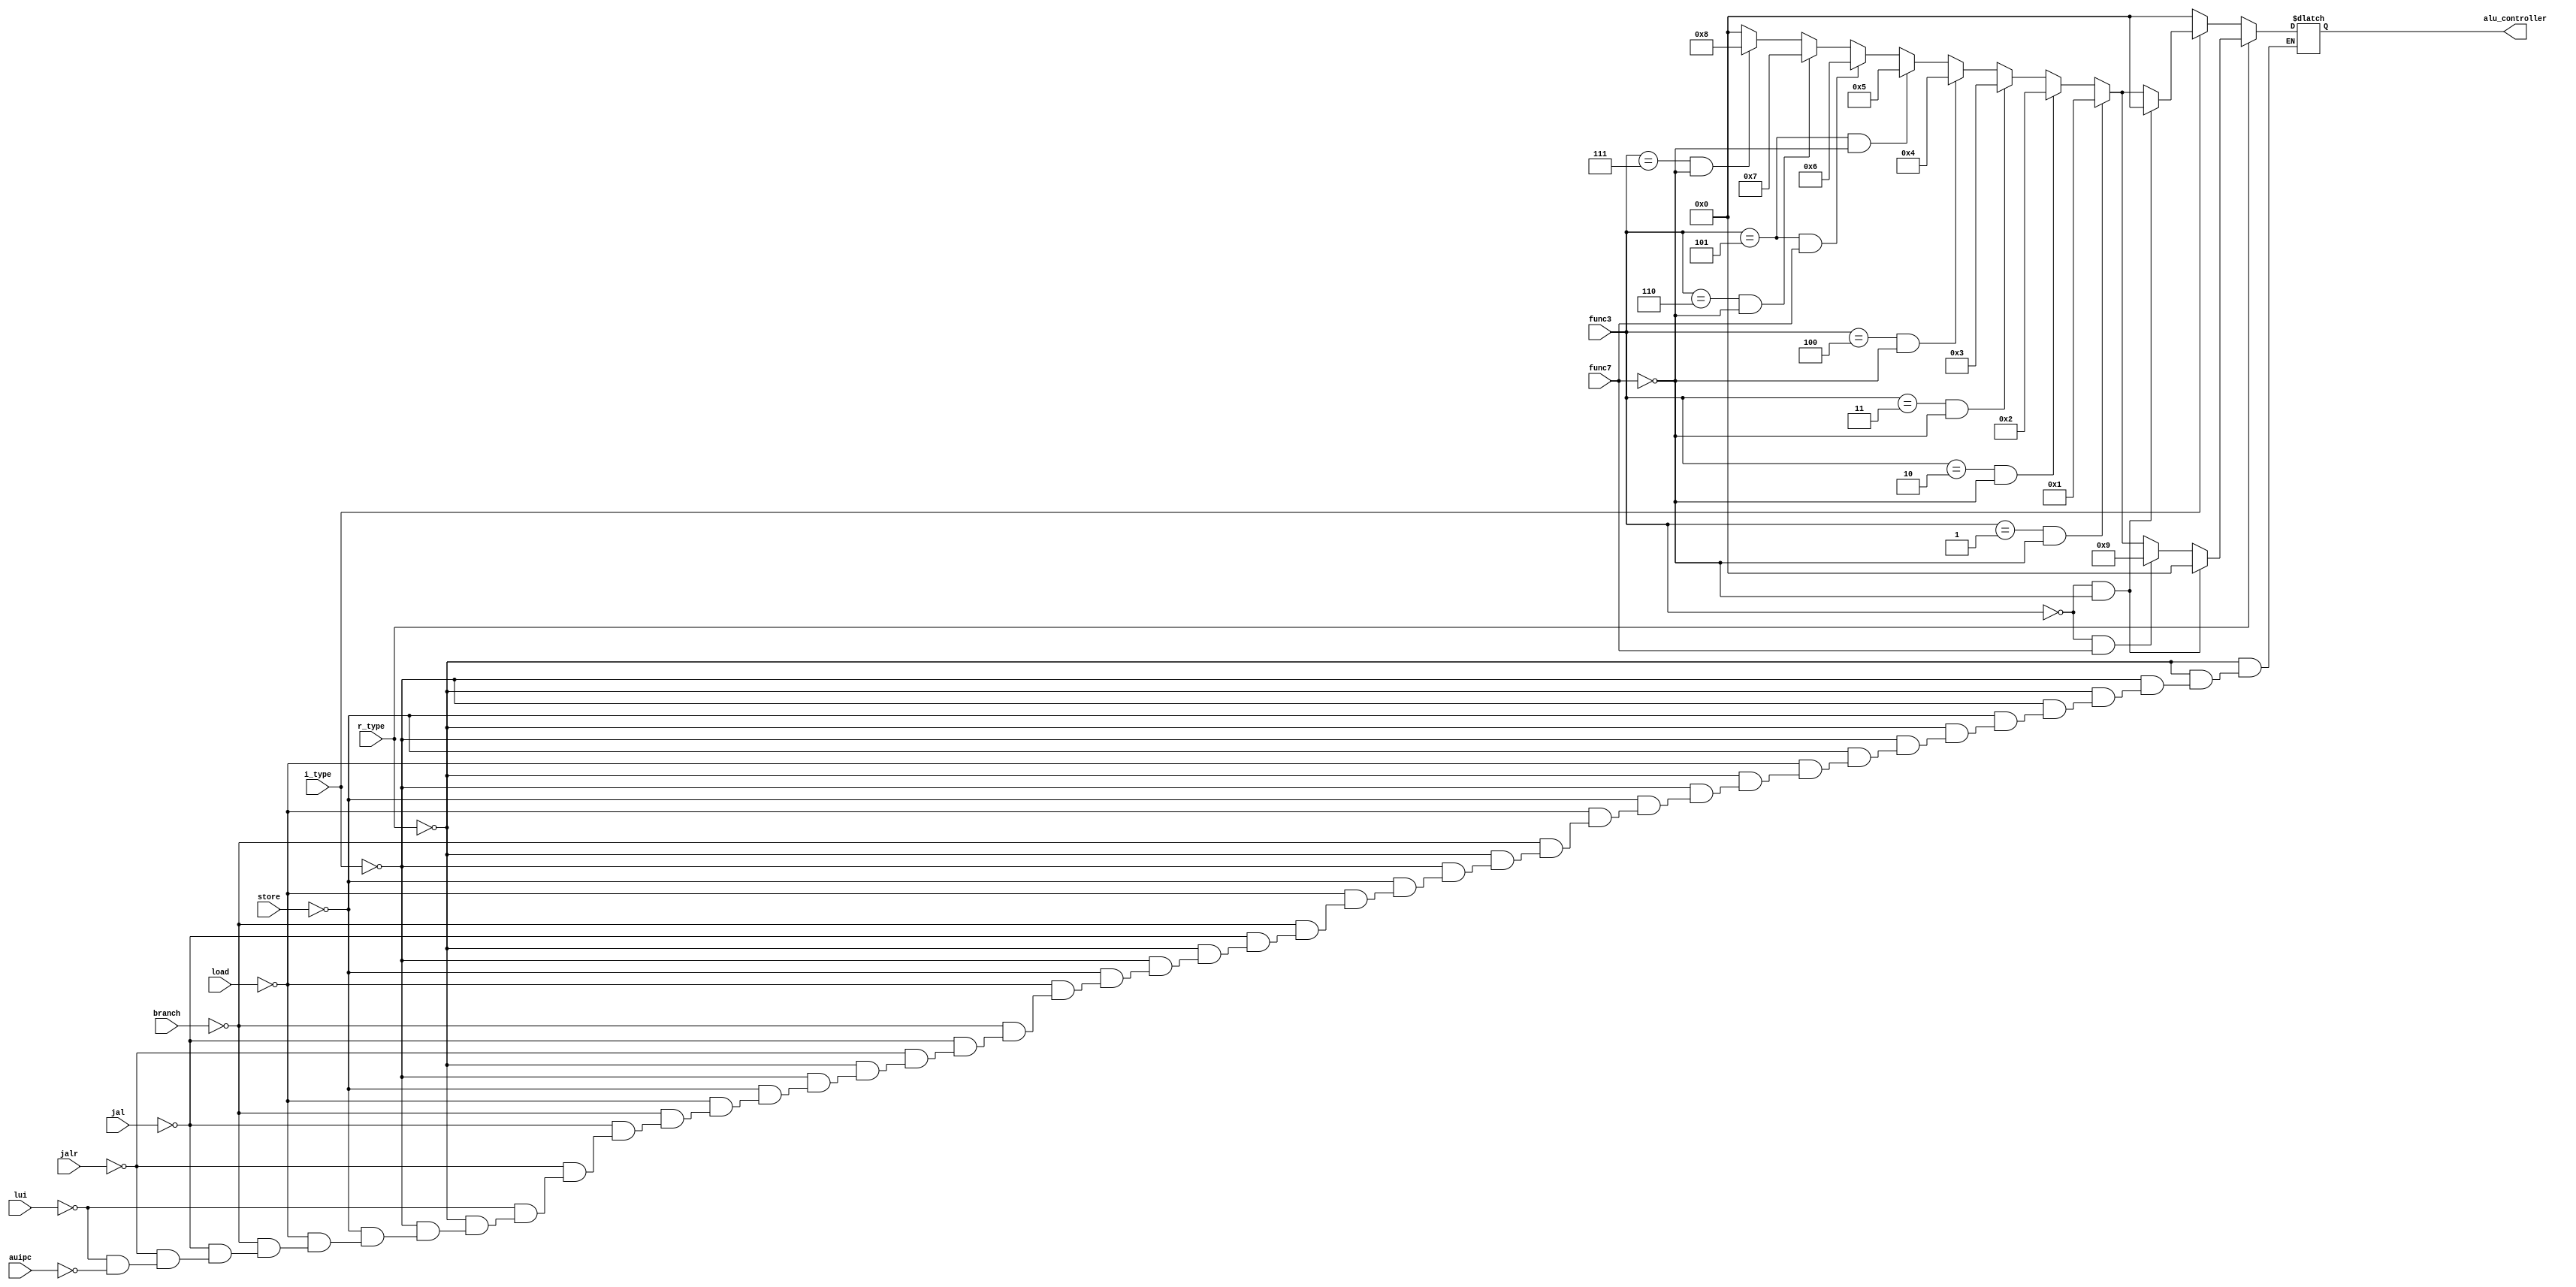
module alu_control (
   
    input wire r_type,
    input wire i_type,
    input wire store,
    input wire load,
    input wire branch,
    input wire jal,
     input wire jalr,
    input wire lui,
    input wire auipc,
    input wire [2:0] func3,
    input wire func7,
    output reg [3:0] alu_controller
);

always @(*) begin
    if (r_type) begin
        alu_controller = (func3[2:0] == 3'b000 & func7 == 0) ? 4'b0000 :
                         (func3[2:0] == 3'b000 & func7 == 1) ? 4'b1001 :
                         (func3[2:0] == 3'b001 & func7 == 0) ? 4'b0001 :
                         (func3[2:0] == 3'b010 & func7 == 0) ? 4'b0010 :
                         (func3[2:0] == 3'b011 & func7 == 0) ? 4'b0011 :
                         (func3[2:0] == 3'b100 & func7 == 0) ? 4'b0100 :
                         (func3[2:0] == 3'b101 & func7 == 0) ? 4'b0101 :
                         (func3[2:0] == 3'b101 & func7 == 1) ? 4'b0110 :
                         (func3[2:0] == 3'b110 & func7 == 0) ? 4'b0111 :
                         (func3[2:0] == 3'b111 & func7 == 0) ? 4'b1000 : 4'b0000;
    end
    else if (i_type) begin
        alu_controller = (func3[2:0] == 3'b000 & func7 == 0) ? 4'b0000 :
                         (func3[2:0] == 3'b001 & func7 == 0) ? 4'b0001 :
                         (func3[2:0] == 3'b010 & func7 == 0) ? 4'b0010 :
                         (func3[2:0] == 3'b011 & func7 == 0) ? 4'b0011 :
                         (func3[2:0] == 3'b100 & func7 == 0) ? 4'b0100 :
                         (func3[2:0] == 3'b101 & func7 == 0) ? 4'b0101 :
                         (func3[2:0] == 3'b101 & func7 == 1) ? 4'b0110 :
                         (func3[2:0] == 3'b110 & func7 == 0) ? 4'b0111 :
                         (func3[2:0] == 3'b111 & func7 == 0) ? 4'b1000 : 4'b0000;
    end
    else if (store) begin
        alu_controller = 4'b0000;
    end
      else if (load) begin
        alu_controller = 4'b0000;
    end
     else if (branch) begin
        alu_controller = 4'b0000;
    end
     else if (jal) begin
        alu_controller = 4'b0000;
    end
     else if (jalr) begin
        alu_controller = 4'b0000;
    end

     else if (lui) begin
        alu_controller = 4'b0000;
    end
     else if (auipc) begin
        alu_controller = 4'b0000;
    end

    
end

endmodule